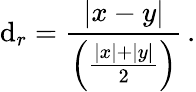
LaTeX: \mathrm{d}_{r}={\frac{{|x-y|}}{{\left({\frac{{|x|+|y|}}{{2}}}\right)}}}\, .